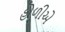
હોળીએ